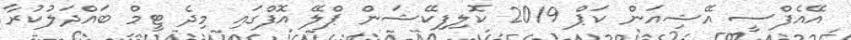
އޭއެފްސީ އޭޝިއަން ކަޕް 2019 ކޮލިފިކޭޝަން ޕްލޭ އޮފްގައި މިދެ ޓީމް ބައްދަލުކުރާ